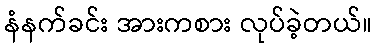
နံနက်ခင်း အားကစား လုပ်ခဲ့တယ်။